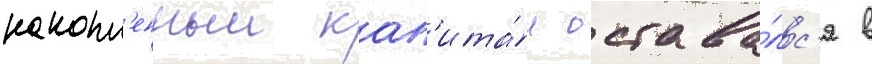
накопл'енныи кап'ита́л остава́лс'я в